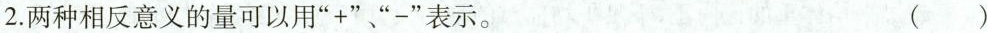
2. 两种相反意义的量可以用”+”、”-”表示。 ( )